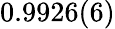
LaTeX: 0.9926(6)